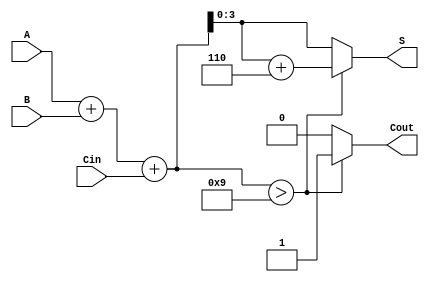
module BCD_Hybrid_Adder (
    input [3:0] A,    // First BCD number
    input [3:0] B,    // Second BCD number
    input Cin,        // Carry-in bit
    output reg [3:0] S, // BCD sum output
    output reg Cout    // Carry-out bit
);
    wire [4:0] Temp; // Temporary sum (5 bits to hold carry)

    // Step 1: Binary Addition of A, B and Cin
    assign Temp = A + B + Cin;

    always @(*) begin
        // Step 2: BCD Correction Logic
        if (Temp > 9) begin
            S = Temp + 6; // Add 6 for BCD correction
            Cout = 1;     // Generate carry-out
        end else begin
            S = Temp;     // No correction needed
            Cout = 0;     // No carry-out
        end
    end

endmodule